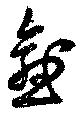
愈